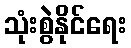
သုံးစွဲနိုင်ရေး